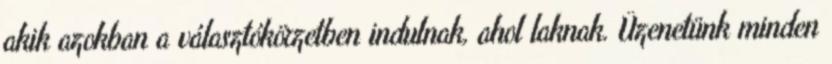
akik azokban a választókörzetben indulnak, ahol laknak. Üzenetünk minden